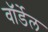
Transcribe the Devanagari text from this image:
वॉर्डेल